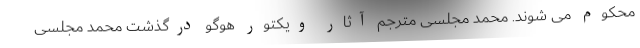
محکوم می شوند. محمد مجلسی مترجم آثار ویکتور هوگو درگذشت محمد مجلسی